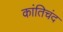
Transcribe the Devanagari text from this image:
कांतिचंद